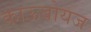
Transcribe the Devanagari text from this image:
काऊबोयज